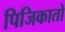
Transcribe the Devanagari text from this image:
पिजिकातो